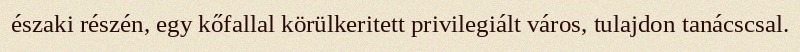
északi részén, egy kőfallal körülkeritett privilegiált város, tulajdon tanácscsal.